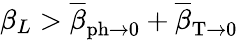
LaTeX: \beta_{L}>\overline{{\beta}}_{\mathrm{ph}\rightarrow 0}+\overline{{\beta}}_{\mathrm{T}\rightarrow 0}